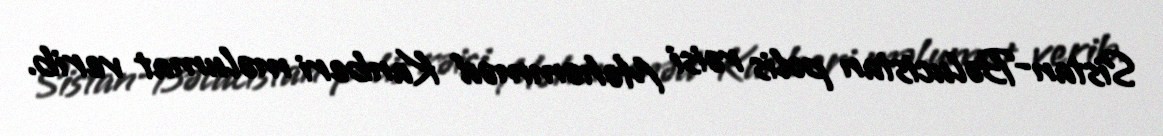
Sistan-Bəlucistan polis rəisi Məhəmməd Kanberi məlumat verib.